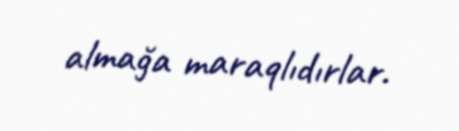
almağa maraqlıdırlar.